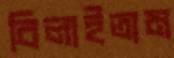
বিলাইতাম